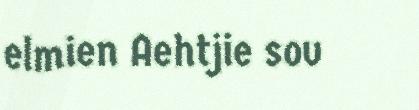
elmien Aehtjie sov